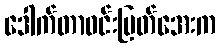
ဒေါက်တာဝင်းမြတ်အေးက